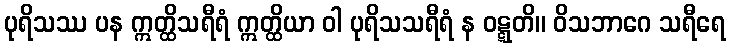
ပုရိသဿ ပန ဣတ္ထိသရီရံ ဣတ္ထိယာ ဝါ ပုရိသသရီရံ န ဝဋ္ဋတိ။ ဝိသဘာဂေ သရီရေ